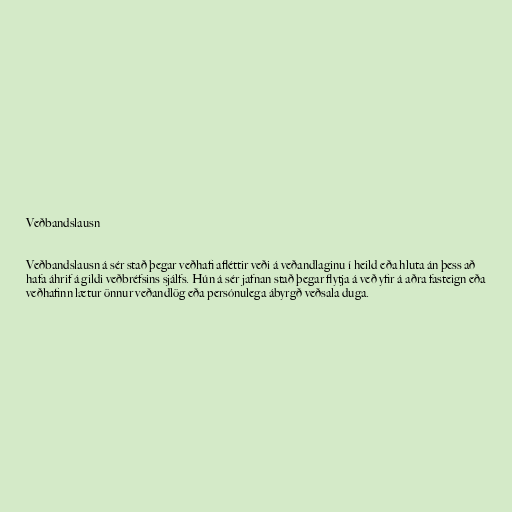
Veðbandslausn

Veðbandslausn á sér stað þegar veðhafi afléttir veði á veðandlaginu í heild eða hluta án þess að
hafa áhrif á gildi veðbréfsins sjálfs. Hún á sér jafnan stað þegar flytja á veð yfir á aðra fasteign eða
veðhafinn lætur önnur veðandlög eða persónulega ábyrgð veðsala duga.